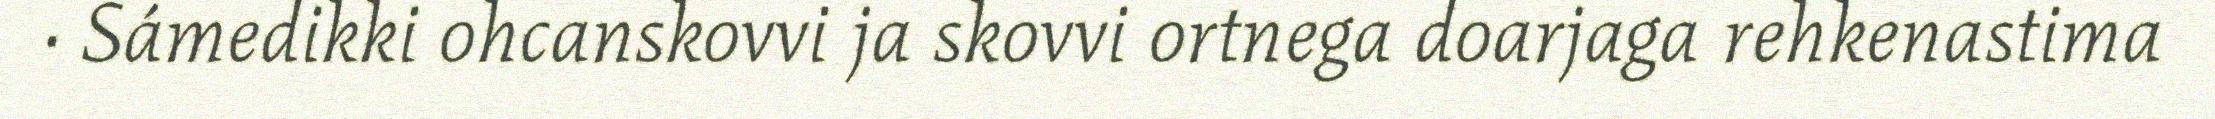
· Sámedikki ohcanskovvi ja skovvi ortnega doarjaga rehkenastima